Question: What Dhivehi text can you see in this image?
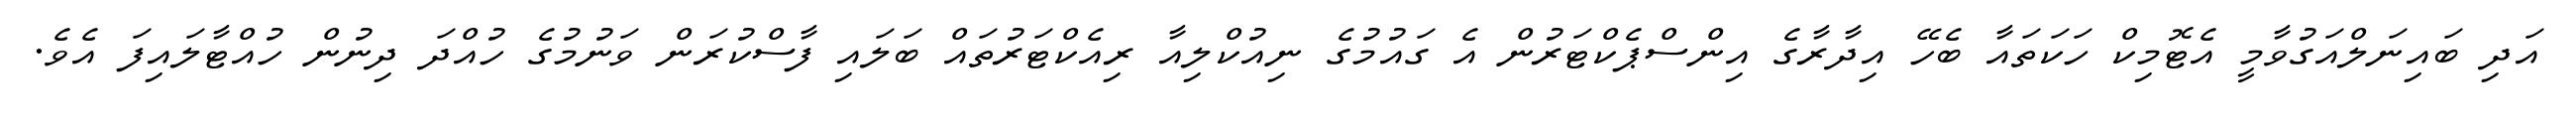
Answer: އަދި ބައިނަލްއަގުވާމީ އެޓޮމިކް ހަކަތައާ ބެހޭ އިދާރާގެ އިންސްޕެކްޓަރުން އެ ގައުމުގެ ނިއުކްލިއާ ރިއެކްޓަރުތައް ބަލައި ފާސްކުރަން ވަނުމުގެ ހުއްދަ ދިނުން ހުއްޓާލައިފަ އެވެ.